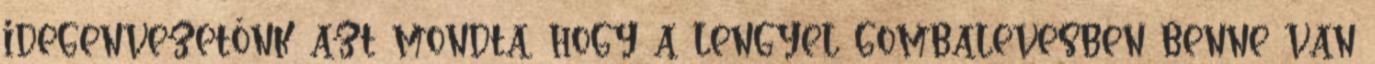
idegenvezetőnk azt mondta, hogy a lengyel gombalevesben benne van